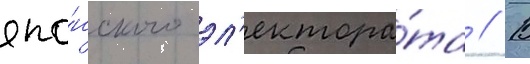
япо́нского эл'ектора́та // В